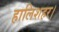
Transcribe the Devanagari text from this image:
हालिशहर।